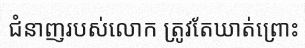
ជំនាញរបស់លោក ត្រូវតែឃាត់ព្រោះ